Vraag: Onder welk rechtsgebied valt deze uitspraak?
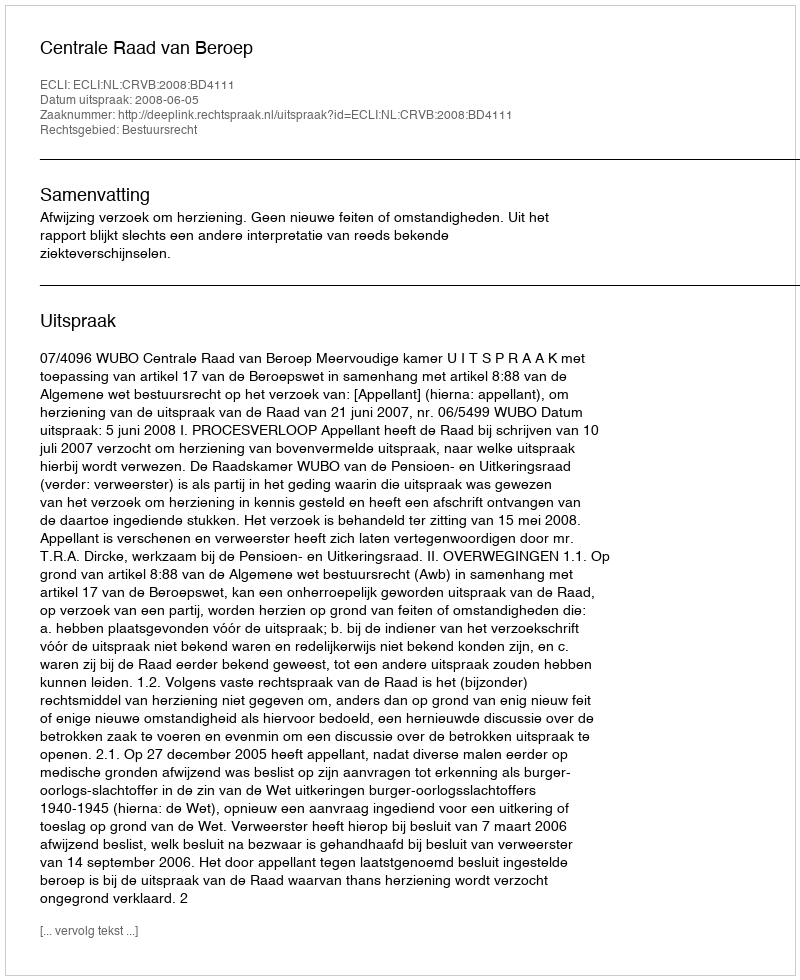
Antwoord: Bestuursrecht